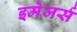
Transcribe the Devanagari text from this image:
इमेजर्स